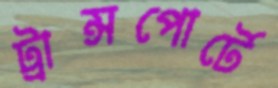
ট্রান্সপোর্টে